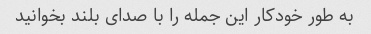
به طور خودکار این جمله را با صدای بلند بخوانید